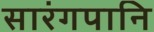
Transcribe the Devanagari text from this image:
सारंगपानि